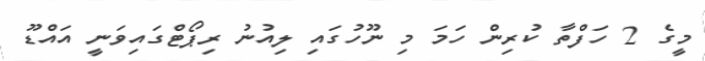
މީގެ 2 ހަފްތާ ކުރިން ހަމަ މި ނޫހުގައި ލިއުނު ރިޕޯޓްގައިވަނީ އައްޑޫ